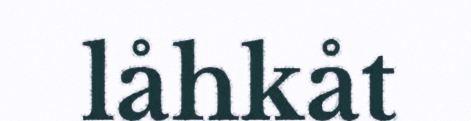
låhkåt